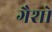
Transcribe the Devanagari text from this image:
गैशो